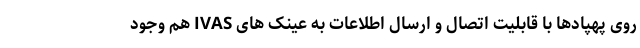
روی پهپادها با قابلیت اتصال و ارسال اطلاعات به عینک های IVAS هم وجود